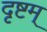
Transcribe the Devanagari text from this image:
दृष्टम्